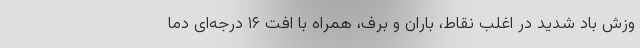
وزش باد شدید در اغلب نقاط، باران و برف، همراه با اُفت ۱۶ درجه‌ای دما